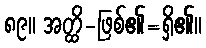
၈၉။ အတ္ထိ-ဖြစ်၏=ရှိ၏။